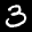
Label: 3